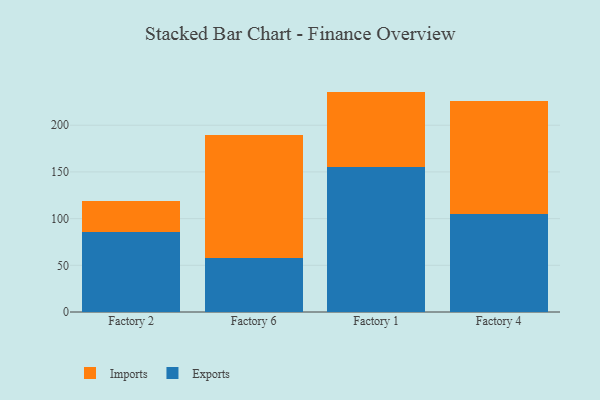
{"axis": {"x": "Factory", "y": "Population (Million)"}, "legend": ["Exports", "Imports"], "data": [{"x": "Factory 2", "y": 85.3, "type": "Exports"}, {"x": "Factory 2", "y": 34.0, "type": "Imports"}, {"x": "Factory 6", "y": 57.3, "type": "Exports"}, {"x": "Factory 6", "y": 132.7, "type": "Imports"}, {"x": "Factory 1", "y": 155.7, "type": "Exports"}, {"x": "Factory 1", "y": 80.3, "type": "Imports"}, {"x": "Factory 4", "y": 104.6, "type": "Exports"}, {"x": "Factory 4", "y": 121.3, "type": "Imports"}]}